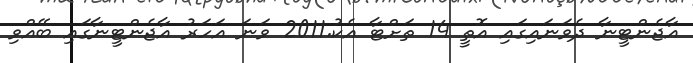
އާޖެންޓީނާ ދެވަނައިގައި އޮތީ 14 ތަށްޓާ އެކު.2011 ވަނަ އަހަރު އާޖެންޓީނާގައި ބޭއްވި